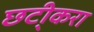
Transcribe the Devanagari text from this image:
छटी्करा